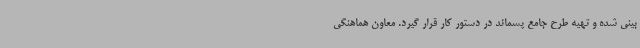
بینی شده و تهیه طرح جامع پسماند در دستور کار قرار گیرد. معاون هماهنگی